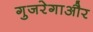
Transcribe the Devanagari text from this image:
गुजरेगाऔर